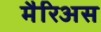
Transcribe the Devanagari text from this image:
मैरिअस